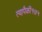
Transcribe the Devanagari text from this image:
त्यापैकी१७५